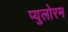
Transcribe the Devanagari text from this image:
प्युलोरम